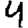
Digit: 4